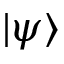
| \psi \rangle